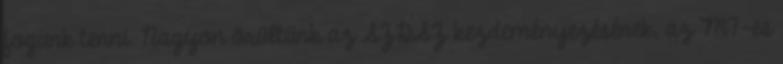
fogunk tenni. Nagyon örültünk az SZDSZ kezdeményezésének, az M7-es